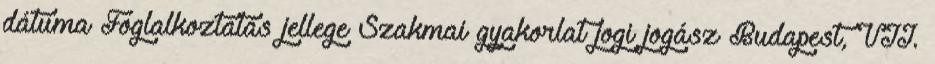
dátuma Foglalkoztatás jellege Szakmai gyakorlat jogi jogász Budapest, VII.